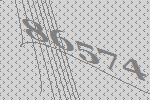
86574